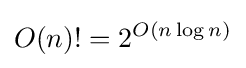
O(n)!=2^{O(n\log n)}